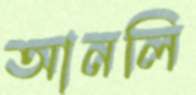
আনলি